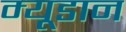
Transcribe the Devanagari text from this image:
म्यूडान